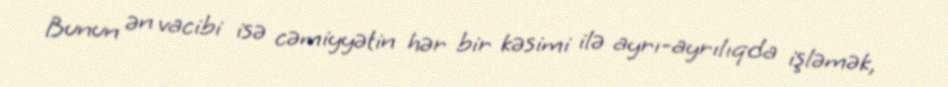
Bunun ən vacibi isə cəmiyyətin hər bir kəsimi ilə ayrı-ayrılıqda işləmək,